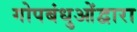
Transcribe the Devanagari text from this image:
गोपबंधुओंद्वारा